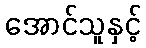
အောင်သူနှင့်